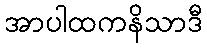
အာပါထကနိသာဒီ